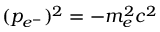
( p _ { e ^ { - } } ) ^ { 2 } = - m _ { e } ^ { 2 } c ^ { 2 }